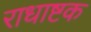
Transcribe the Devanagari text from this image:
राधाष्टक